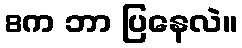
8က ဘာ ပြနေလဲ။